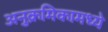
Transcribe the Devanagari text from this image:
अनुक्रमिकामध्ये